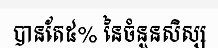
បានតែ៥% នៃចំនួនសិស្ស